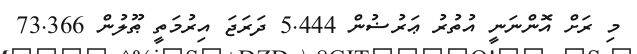
މި ރަށް އޮންނަނީ އުތުރު ޢަރުޟުން 5.444 ދަރަޖަ އިރުމަތީ ޠޫލުން 73.366